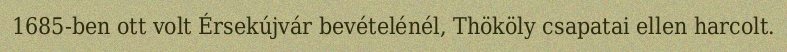
1685-ben ott volt Érsekújvár bevételénél, Thököly csapatai ellen harcolt.